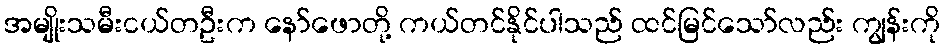
အမျိုးသမီးငယ်တဦးက နော်ဖောတို့ ကယ်တင်နိုင်ပါသည် ထင်မြင်သော်လည်း ကျွန်းကို